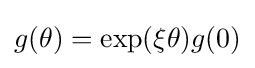
g(\theta )=\exp(\xi \theta )g(0)